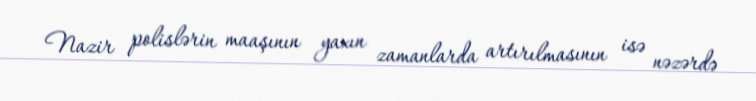
Nazir polislərin maaşının yaxın zamanlarda artırılmasının isə nəzərdə